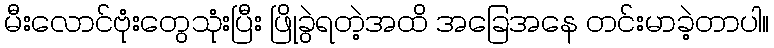
မီးလောင်ဗုံးတွေသုံးပြီး ဖြိုခွဲရတဲ့အထိ အခြေအနေ တင်းမာခဲ့တာပါ။